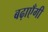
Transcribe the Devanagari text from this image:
बढ़ाएँगी